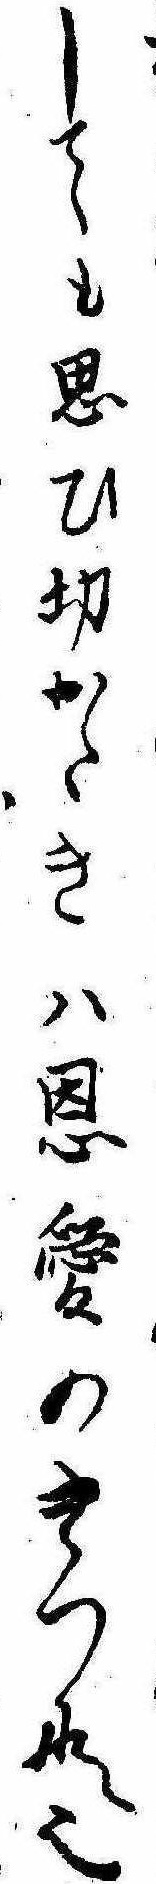
しても思ひ切かたきは恩愛のきつな也